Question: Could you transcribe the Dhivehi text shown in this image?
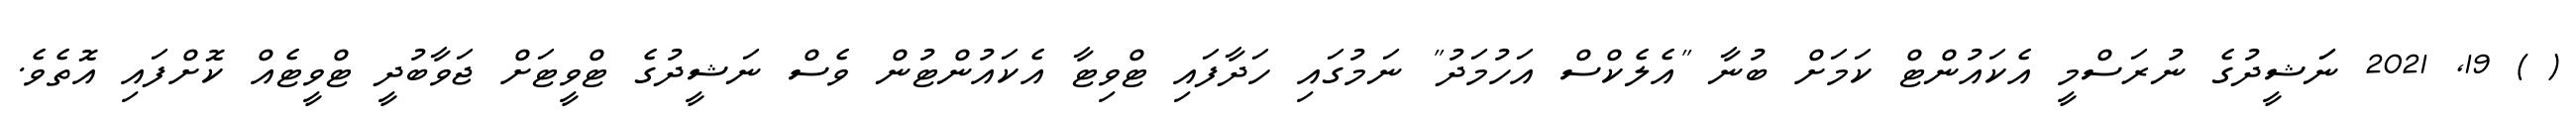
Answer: ( ) 19, 2021 ނަަޝީދުގެ ނުރަސްމީ އެކައުންޓް ކަމަށް ބުނާ "އެލެކްސް އަހުމަދު" ނަމުގައި ހަދާފައި ޓްވިޓާ އެކައުންޓުން ވެސް ނަޝީދުގެ ޓްވީޓަށް ޖަވާބުދީ ޓްވީޓެއް ކޮށްފައި އޮތެވެ.